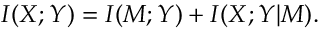
I ( X ; Y ) = I ( M ; Y ) + I ( X ; Y \vert M ) .